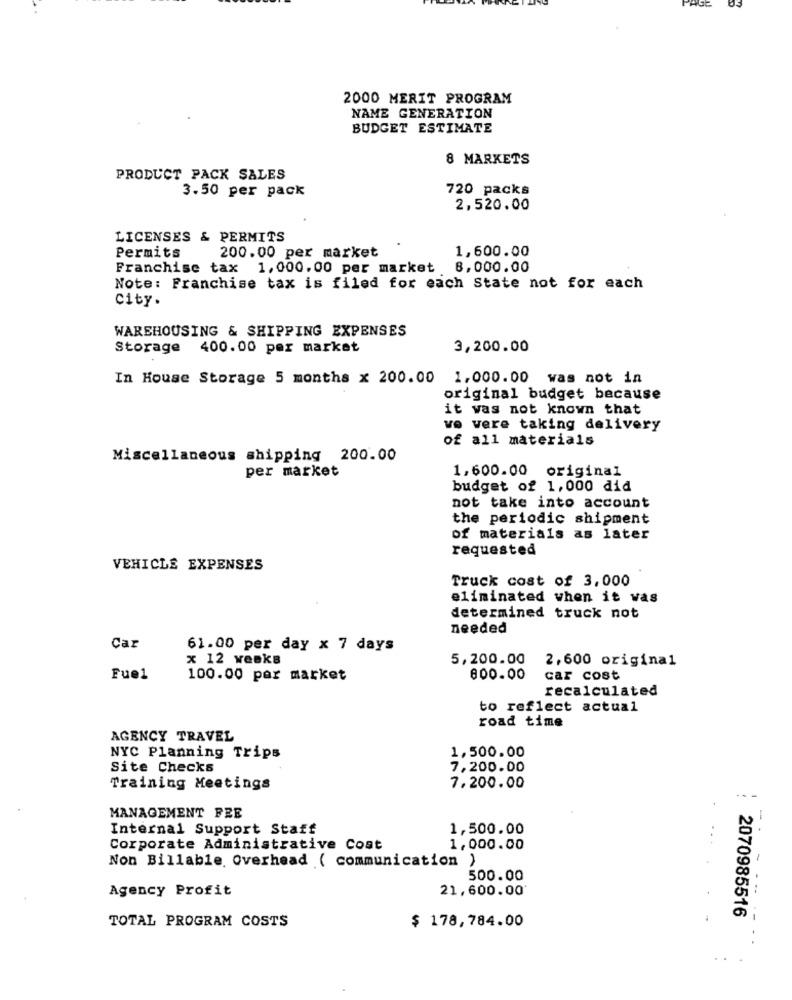
2000 MERIT PROGRAM
NAME GENERATION
BUDGET ESTIMATE
8 MARKETS
PRODUCT PACK SALES
3.50 per pack
720 packs
2,520.00
LICENSES & PERMITS
200.00 per market
1,600.00
Permits
Franchise tax 1,000.00 per market 8,000.00
Note: Franchise tax is filed for each State not for each
City.
WAREHOUSING & SHIPPING EXPENSES
Storage 400.00 per market
3,200.00
In House Storage 5 months x 200.00 1,000.00 was not in
original budget because
it was not known that
ve vere taking delivery
of all materials
Miscellaneous shipping 200.00
per market
1,600.00 original
budget of 1,000 did
not take into account
the periodic shipment
of materials as later
requested
VEHICLE EXPENSES
Truck cost of 3,000
eliminated when it was
determined truck not
needed
Car
61.00 per day x 7 days
x 12 weeks
5,200.00
2,600 original
Fue1
100.00 per market
800.00
car cost
recalculated
to reflect actual
road time
AGENCY TRAVEL
1,500.00
NYC Planning Trips
Site Checks
7,200.00
Training Meetings
7.200.00
- -
MANAGEMENT FEE
Internal Support Staff
1,500.00
Corporate Administrative Cost
1,000.00
Non Billable Overhead ( communication )
500.00
Agency Profit
21,600.00
- ---
2070985516
$ 178,784.00
TOTAL PROGRAM COSTS